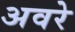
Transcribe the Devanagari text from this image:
अवरे